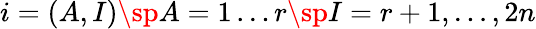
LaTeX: i=(A,I)\sp A=1\ldots r\sp I=r+1,\ldots,2n